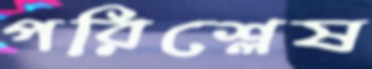
পরিশ্লেষ